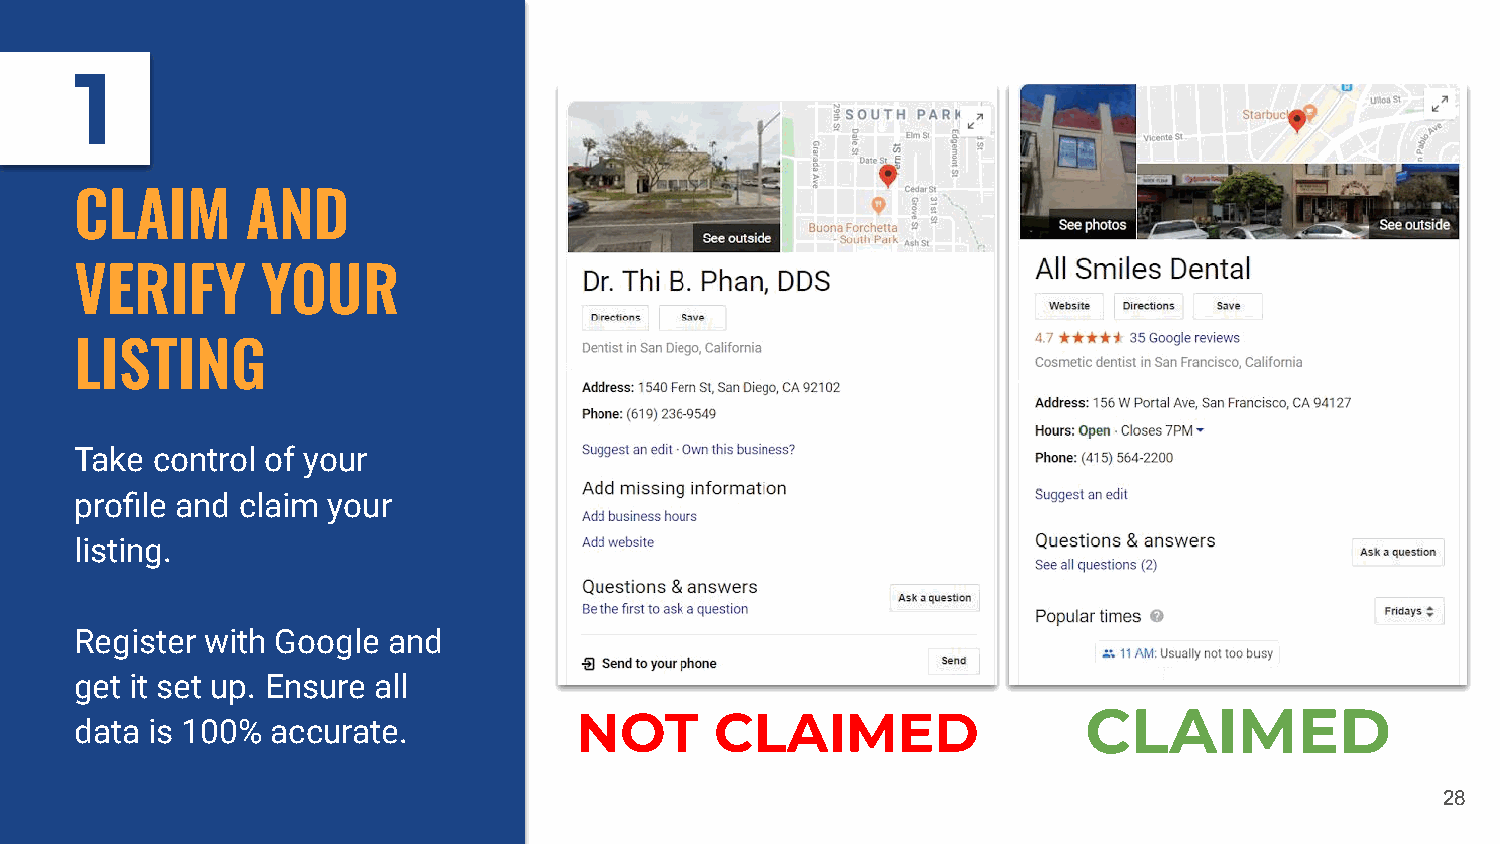
1
 CLAIM      AND
 VERIFY      YOUR
 LISTING
 Take control of your
 profile and claim your
 listing.
 Register with Google and
 get it set up. Ensure all
 NOT      CLAIMED                  CLAIMED
 data is 100% accurate.
 28